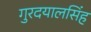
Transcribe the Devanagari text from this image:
गुरदयालसिंह